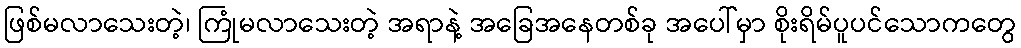
ဖြစ်မလာသေးတဲ့၊ ကြုံမလာသေးတဲ့ အရာနဲ့ အခြေအနေတစ်ခု အပေါ်မှာ စိုးရိမ်ပူပင်သောကတွေ